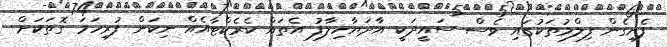
ފެށިގެން ފިލްމުތަކުގައި ވެސް ސައީދަކީ އާދަޔާހިލާފު އެތައް ކެރެކްޓާއެއް ނިކަން ފުރިހަމަ ގޮތަކަށް